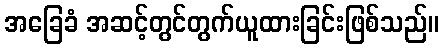
အခြေခံ အဆင့်တွင်တွက်ယူထားခြင်းဖြစ်သည်။